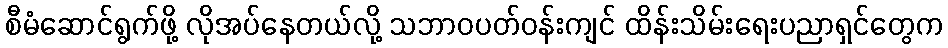
စီမံဆောင်ရွက်ဖို့ လိုအပ်နေတယ်လို့ သဘာဝပတ်ဝန်းကျင် ထိန်းသိမ်းရေးပညာရှင်တွေက